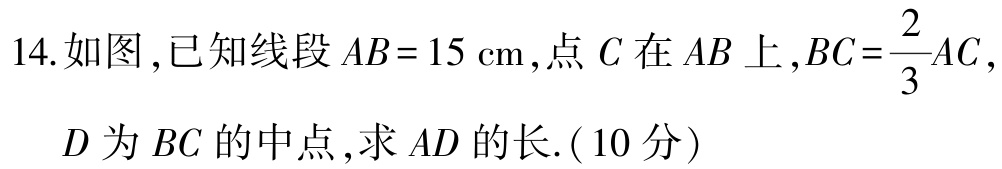
14.如图,已知线段\(AB = 15\mathrm{cm}\),点\(C\)在\(AB\)上,\(BC=\frac{2}{3}AC\),
\(D\)为\(BC\)的中点,求\(AD\)的长.(10分)